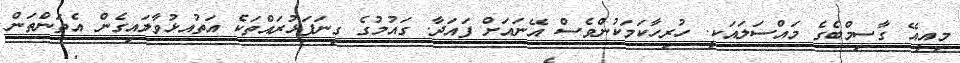
މިއީއޭ ގާސިމްބެގެ މައްސަލައަކީ. ހުރިހާކަމަކުންވެސް އޭނައަށް ފައަދާ. ގައުމުގެ ގިނަފަޅުރައްތަކެ އަތުއޅުވާލައިގެން އެތަންތަން